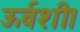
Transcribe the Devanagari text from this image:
ऊर्वशी।